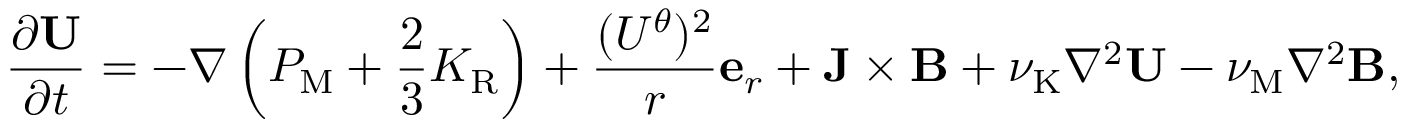
\frac { \partial { \bf { U } } } { \partial t } = - \nabla \left( { P _ { \mathrm { { M } } } + \frac { 2 } { 3 } K _ { \mathrm { R } } } \right) + \frac { ( U ^ { \theta } ) ^ { 2 } } { r } { \bf { e } } _ { r } + { \bf { J } } \times { \bf { B } } + \nu _ { \mathrm { { K } } } \nabla ^ { 2 } { \bf { U } } - \nu _ { \mathrm { M } } \nabla ^ { 2 } { \bf { B } } ,